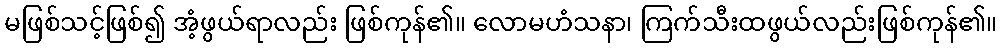
မဖြစ်သင့်ဖြစ်၍ အံ့ဖွယ်ရာလည်း ဖြစ်ကုန်၏။ လောမဟံသနာ၊ ကြက်သီးထဖွယ်လည်းဖြစ်ကုန်၏။